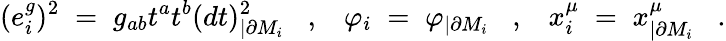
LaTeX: (e_{i}^{g})^{2}\; =\; g_{ab}t^{a}t^{b}(dt)_{|\partial M_{i}}^{2}\; \; \; ,\; \; \; \varphi_{i}\; =\; \varphi_{|\partial M_{i}}\; \; \; ,\; \; \; x_{i}^{\mu}\; =\; x_{|\partial M_{i}}^{\mu}\; \; \; .